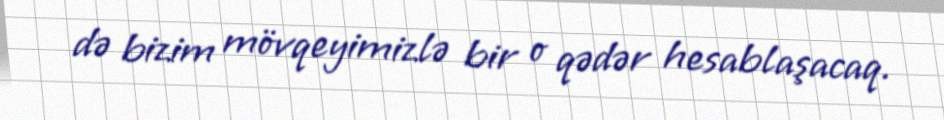
də bizim mövqeyimizlə bir o qədər hesablaşacaq.